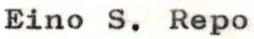
Eino S. Repo